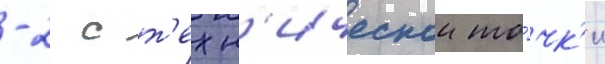
-2 с т'ехн'ическои то́чк'и